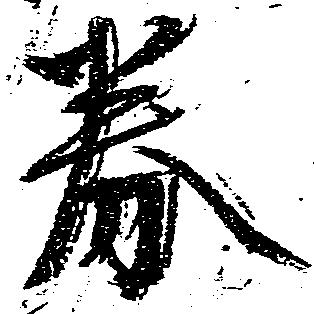
券